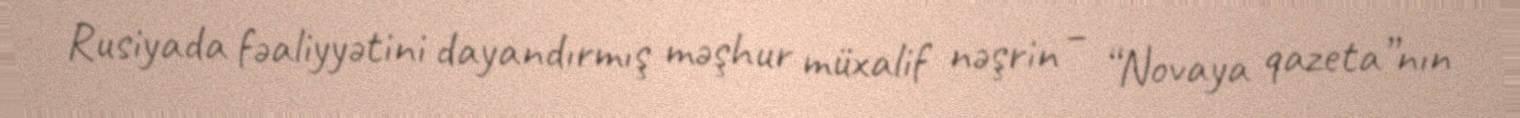
Rusiyada fəaliyyətini dayandırmış məşhur müxalif nəşrin – “Novaya qazeta”nın